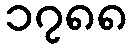
၁၇၈၈